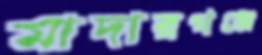
মাদারগঞ্জে